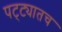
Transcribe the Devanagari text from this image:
पट्ट्यातच